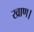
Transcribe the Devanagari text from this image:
खाण।